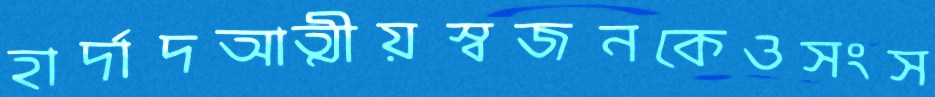
হার্দাদআত্মীয়স্বজনকেওসংস